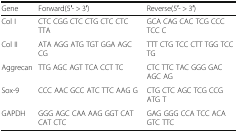
<table><thead><tr><td><b>Gene</b></td><td><b>Forward(5′- &gt; 3′)</b></td><td><b>Reverse(5′- &gt; 3′)</b></td></tr></thead><tbody><tr><td>Col I</td><td>CTC CGG CTC CTG CTC CTC TTA</td><td>GCA CAG CAC TCG CCC TCC C</td></tr><tr><td>Col II</td><td>ATA AGG ATG TGT GGA AGC CG</td><td>TTT CTG TCC CTT TGG TCC TG</td></tr><tr><td>Aggrecan</td><td>TTG AGC AGT TCA CCT TC</td><td>CTC TTC TAC GGG GAC AGC AG</td></tr><tr><td>Sox-9</td><td>CCC AAC GCC ATC TTC AAG G</td><td>CTG CTC AGC TCG CCG ATG T</td></tr><tr><td>GAPDH</td><td>GGG AGC CAA AAG GGT CAT CAT CTC</td><td>GAG GGG CCA TCC ACA GTC TTC</td></tr></tbody></table>